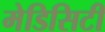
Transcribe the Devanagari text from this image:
मेडिसिटी